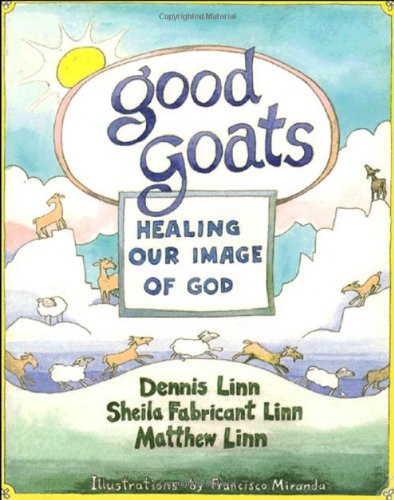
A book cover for Good Goats: Healing Our Image of God; Dennis Linn; Christian Books & Bibles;